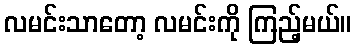
လမင်းသာတော့ လမင်းကို ကြည့်မယ်။